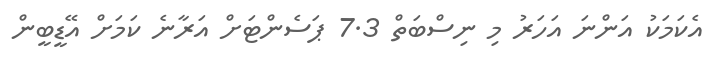
އެކަމަކު އަންނަ އަހަރު މި ނިސްބަތް 7.3 ޕަސެންޓަށް އަރާނެ ކަމަށް އޭޑީބީން